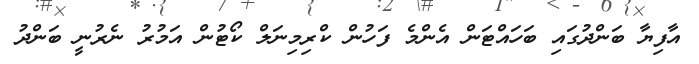
އާފިޔާ ބަންދުގައި ބަހައްޓަން އެންމެ ފަހުން ކްރިމިނަލް ކޯޓުން އަމުރު ނެރުނީ ބަންދު